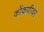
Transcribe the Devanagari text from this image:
कोंकणीवर